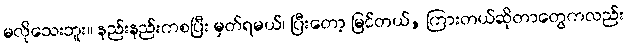
မလိုသေးဘူး။ နည်းနည်းကစပြီး မှတ်ရမယ်၊ ပြီးတော့ မြင်တယ်, ကြားတယ်ဆိုတာတွေကလည်း